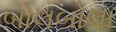
બોલબોલા